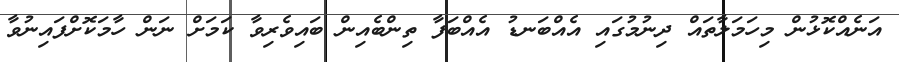
އަނެއްކޮޅުން މިހަމަލާތައް ދިނުމުގައި އެއްބަނޑު އެއްބަފާ ތިންބެއިން ބައިވެރިވާ ކަމަށް ނަން ހާމަކޮށްފައިނުވާ